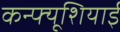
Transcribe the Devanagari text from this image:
कन्फ्यूशियाई